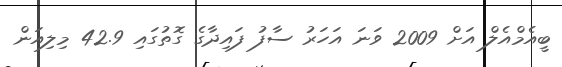
ބީއެމްއެލް އަށް 2009 ވަނަ އަހަރު ސާފު ފައިދާގެ ގޮތުގައި 42.9 މިލިއަން